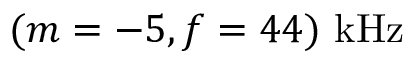
( m = - 5 , f = 4 4 ) \mathrm { ~ k H z }